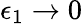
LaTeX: \epsilon_{1}\to 0